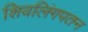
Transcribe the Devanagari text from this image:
शिवलिंगपतन